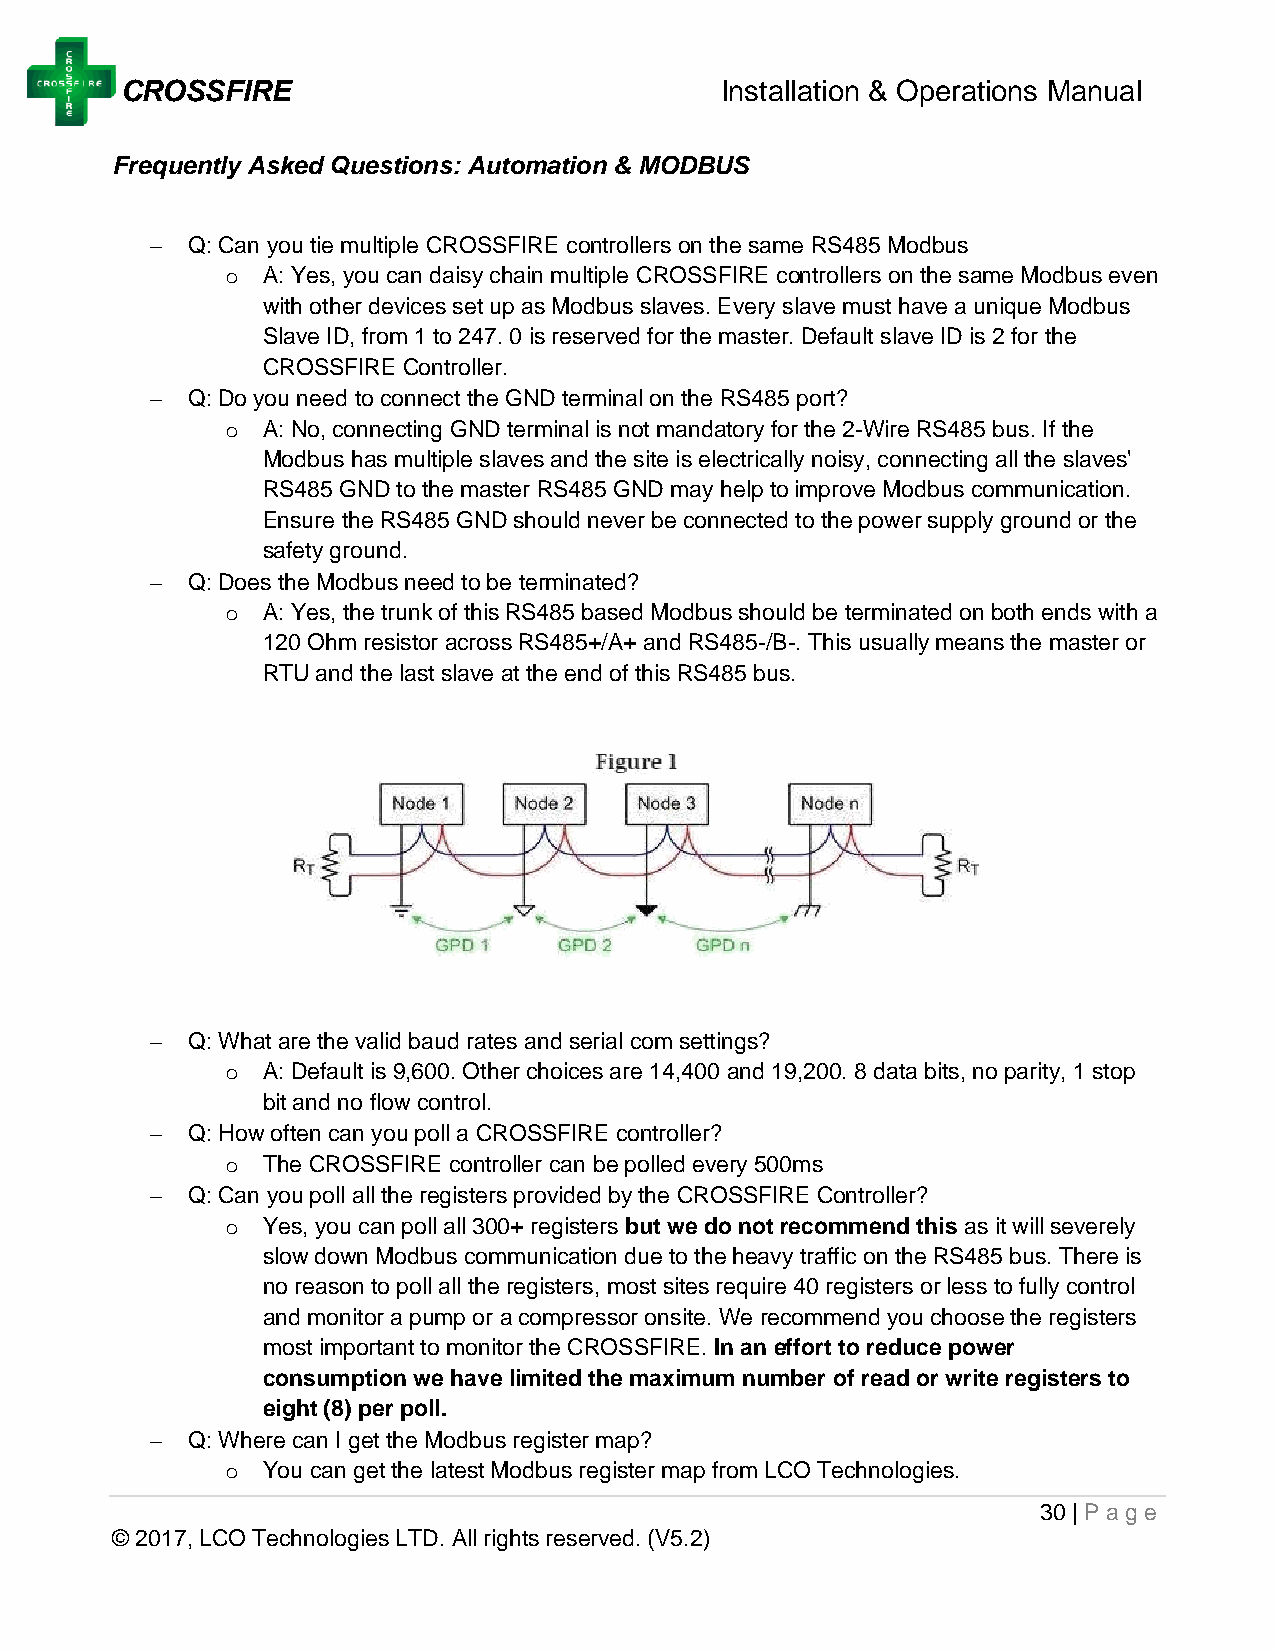
CROSSFIRE                               Installation & Operations Manual
 Frequently Asked Questions: Automation & MODBUS
 − Q: Can you tie multiple CROSSFIRE controllers on the same RS485 Modbus
 o A: Yes, you can daisy chain multiple CROSSFIRE controllers on the same Modbus even
 with other devices set up as Modbus slaves. Every slave must have a unique Modbus
 Slave ID, from 1 to 247. 0 is reserved for the master. Default slave ID is 2 for the
 CROSSFIRE Controller.
 − Q: Do you need to connect the GND terminal on the RS485 port?
 o A: No, connecting GND terminal is not mandatory for the 2-Wire RS485 bus. If the
 Modbus has multiple slaves and the site is electrically noisy, connecting all the slaves'
 RS485 GND to the master RS485 GND may help to improve Modbus communication.
 Ensure the RS485 GND should never be connected to the power supply ground or the
 safety ground.
 − Q: Does the Modbus need to be terminated?
 o A: Yes, the trunk of this RS485 based Modbus should be terminated on both ends with a
 120 Ohm resistor across RS485+/A+ and RS485-/B-. This usually means the master or
 RTU and the last slave at the end of this RS485 bus.
 − Q: What are the valid baud rates and serial com settings?
 o A: Default is 9,600. Other choices are 14,400 and 19,200. 8 data bits, no parity, 1 stop
 bit and no flow control.
 − Q: How often can you poll a CROSSFIRE controller?
 o The CROSSFIRE controller can be polled every 500ms
 − Q: Can you poll all the registers provided by the CROSSFIRE Controller?
 o Yes, you can poll all 300+ registers but we do not recommend this as it will severely
 slow down Modbus communication due to the heavy traffic on the RS485 bus. There is
 no reason to poll all the registers, most sites require 40 registers or less to fully control
 and monitor a pump or a compressor onsite. We recommend you choose the registers
 most important to monitor the CROSSFIRE. In an effort to reduce power
 consumption we have limited the maximum number of read or write registers to
 eight (8) per poll.
 − Q: Where can I get the Modbus register map?
 o You can get the latest Modbus register map from LCO Technologies.
 30 | Page
 © 2017, LCO Technologies LTD. All rights reserved. (V5.2)